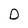
Character: D